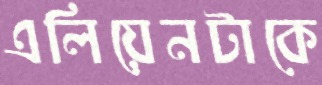
এলিয়েনটাকে